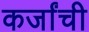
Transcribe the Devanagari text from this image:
कर्जांची